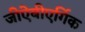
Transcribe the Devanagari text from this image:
जीऐबीएर्गिक